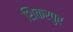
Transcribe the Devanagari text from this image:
शिकरपुर